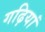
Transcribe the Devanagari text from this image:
गढ़ियां